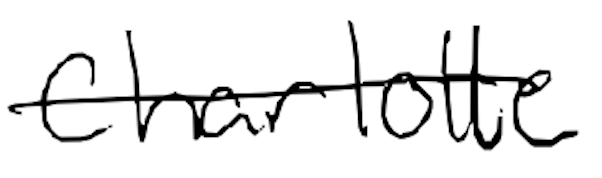
Text: Charlotte
Cross-out: mix
Writing tool: digital_black